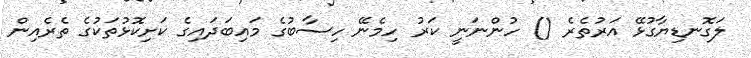
ލަގޮނޑިޔާގުޅޭ އަރުތެރެ () ހުންނަނީ ކަރު ހިމެނޭ ހިސާބުގެ މައިބަދައިގެ ކަށިކޮޅުތަކުގެ ތެރެއިން